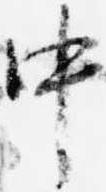
中